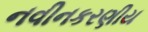
નવીનકરણીય